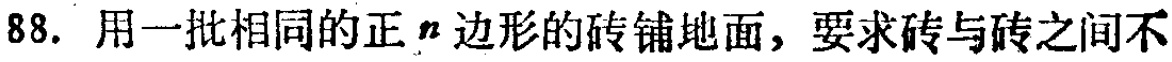
88. 用一批相同的正\(n\)边形的砖铺地面，要求砖与砖之间不